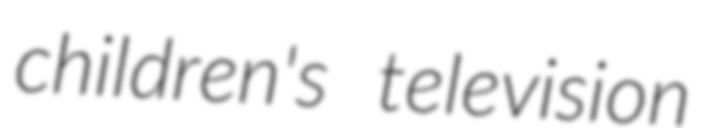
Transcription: children's television